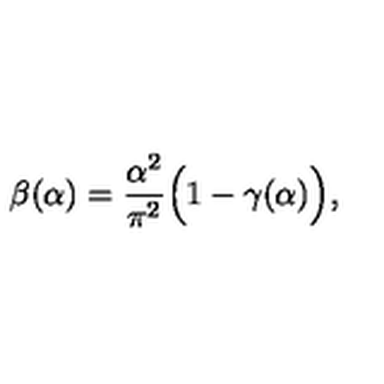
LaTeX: \beta ( \alpha ) = \frac { \alpha ^ { 2 } } { \pi ^ { 2 } } \Big ( 1 - \gamma ( \alpha ) \Big ) ,